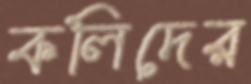
কলিদের